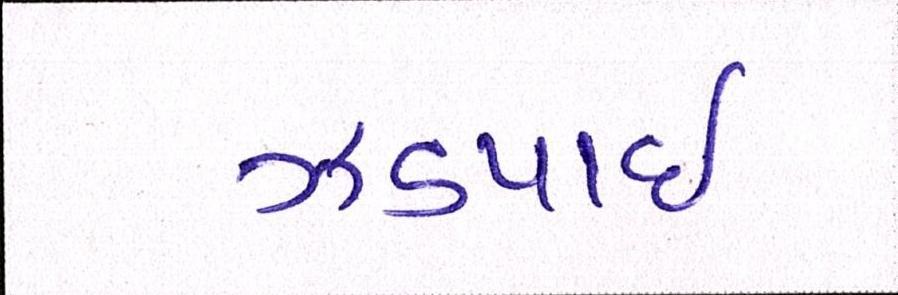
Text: ઝડપાઈ